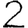
Digit: 2